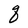
Character: q